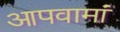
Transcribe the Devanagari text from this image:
आपवामां